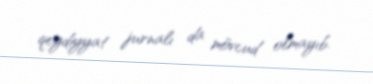
qeydiyyat jurnalı da mövcud olmayıb.